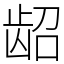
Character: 龆